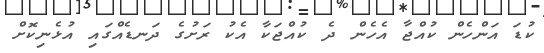
ކުޑަ އަންހެން ކުއްޖާ އެހެން ދެ ކުއްޖަކާ އެކު ރަށުގެ ދަނޑެއްގައި އުޅެނިކޮށް